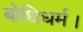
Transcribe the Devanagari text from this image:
बोधिधर्म।